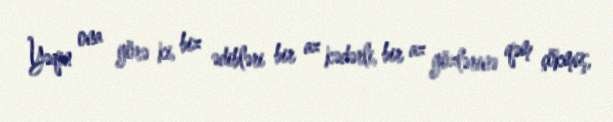
Yəqin ona görə ki, biz ədibləri bir az kədərli, bir az gözlərinə qəm çökmüş,